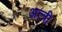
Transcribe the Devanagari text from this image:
अत्त्री